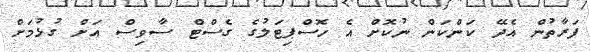
ފަރާތުން އެދޭ ކަންކަން ނުކޮށް އެ ހޮސްޕިޓަލުގެ ގެސްޓް ސާވިސް އަށް ގުޅުމަށް